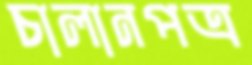
চালানপত্র